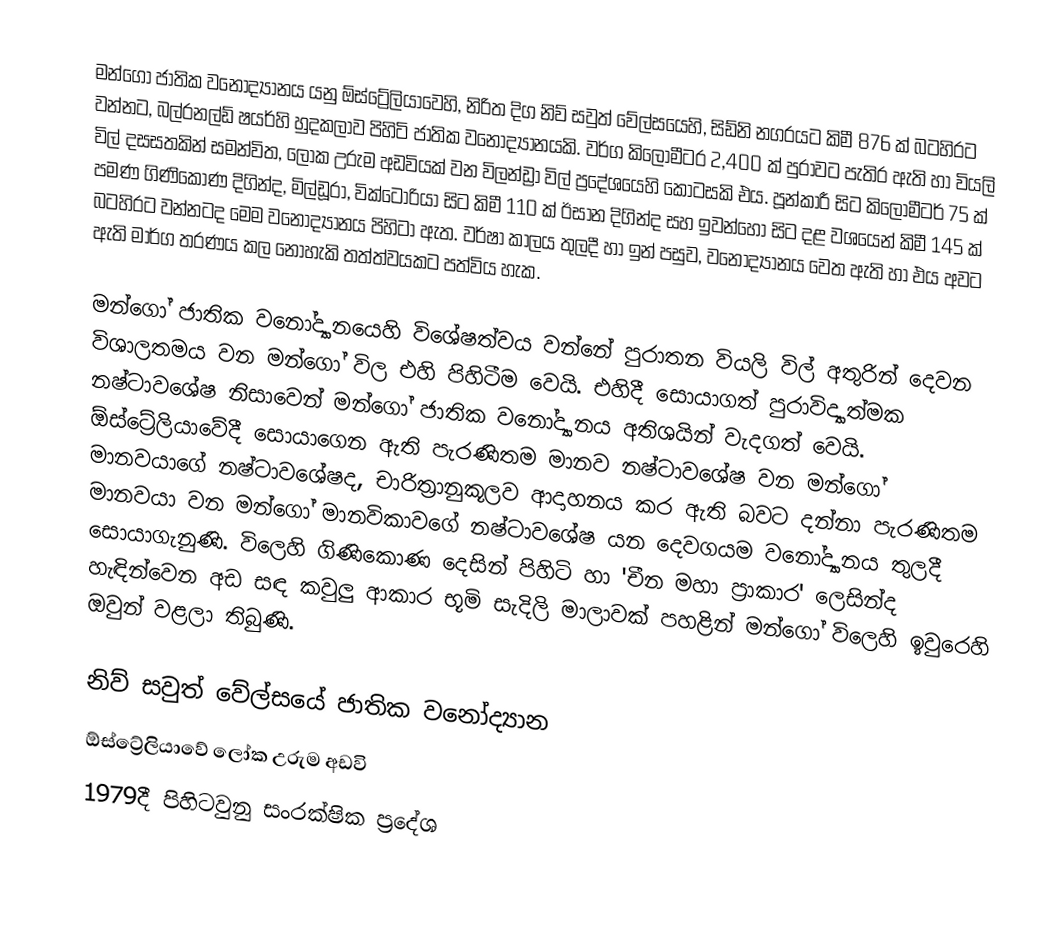
මන්ගෝ ජාතික වනෝද්‍යානය යනු ඕස්ට්‍රේලියාවෙහි, නිරිත දිග නිව් සවුත් වේල්සයෙහි, සිඩ්නි නගරයට කිමී 876 ක් බටහිරට වන්නට, බල්රනල්ඩ් ෂයර්හි හුදකලාව පිහිටි ජාතික වනෝද්‍යානයකි. වර්ග කිලෝමීටර 2,400 ක් පුරාවට පැතිර ඇති  හා වියලි විල් දසසතකින් සමන්විත,  ලෝක උරුම අඩවියක් වන   විලන්ඩ්‍රා විල් ප්‍රදේශයෙහි කොටසකි එය. පූන්කාරී සිට කිලෝමීටර් 75 ක් පමණ ගිණිකොණ දිගින්ද, මිල්ඩූරා, වික්ටෝරියා සිට කිමී 110 ක් ඊසාන දිගින්ද සහ ඉවන්හෝ සිට දළ වශයෙන් කිමී 145 ක් බටහිරට වන්නටද මෙම වනෝද්‍යානය පිහිටා ඇත. වර්ෂා කාලය තුලදී හා ඉන් පසුව, වනෝද්‍යානය වෙත ඇති හා එය අවට ඇති මාර්ග තරණය කල නොහැකි තත්ත්වයකට පත්විය හැක.

මන්ගෝ ජාතික වනෝද්‍යානයෙහි විශේෂත්වය වන්නේ පුරාතන වියලි විල් අතුරින් දෙවන විශාලතමය වන මන්ගෝ විල එහි පිහිටීම වෙයි. එහිදී සොයාගත් පුරාවිද්‍යාත්මක නෂ්ටාවශේෂ නිසාවෙන් මන්ගෝ ජාතික වනෝද්‍යානය අතිශයින් වැදගත් වෙයි. ඕස්ට්‍රේලියාවේදී සොයාගෙන ඇති පැරණිතම මානව නෂ්ටාවශේෂ වන මන්ගෝ මානවයාගේ නෂ්ටාවශේෂද, චාරිත්‍රානුකූලව ආදාහනය කර ඇති බවට දන්නා පැරණිතම මානවයා වන මන්ගෝ මානවිකාවගේ නෂ්ටාවශේෂ යන දෙවගයම වනෝද්‍යානය තුලදී සොයාගැනුණි. විලෙහි ගිණිකොණ දෙසින් පිහිටි හා 'චීන මහා ප්‍රාකාර' ලෙසින්ද හැඳින්වෙන  අඩ සඳ කවුලු ආකාර භූමි සැදිලි මාලාවක් පහළින් මන්ගෝ විලෙහි ඉවුරෙහි ඔවුන් වළලා තිබුණි.

නිව් සවුත් වේල්සයේ ජාතික වනෝද්‍යාන
ඕස්ට්‍රේලියාවේ ලෝක උරුම අඩවි
1979දී පිහිටවුනු සංරක්ෂික ප්‍රදේශ